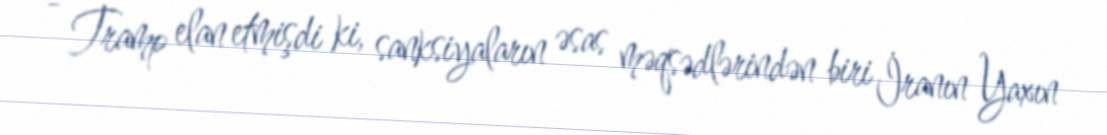
- Tramp elan etmişdi ki, sanksiyaların əsas məqsədlərindən biri İranın Yaxın